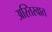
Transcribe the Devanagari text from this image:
अस्तिस्वात